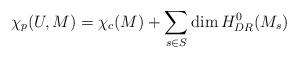
LaTeX: \begin{align*} \chi_p(U,M)=\chi_c(M)+\sum_{s\in S}\dim H^0_{DR}(M_s)\end{align*}